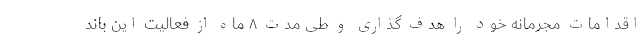
اقدامات مجرمانه خود را هدف گذاری و طی مدت ۸ ماه از فعالیت این باند